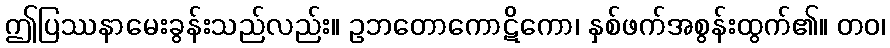
ဤပြဿနာမေးခွန်းသည်လည်း။ ဥဘတောကောဋိကော၊ နှစ်ဖက်အစွန်းထွက်၏။ တဝ၊